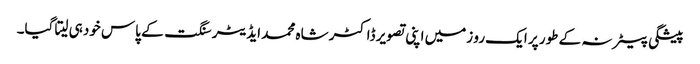
پیشگی بیعانہ کے طور پر ایک رو زمیں اپنی تصویر ڈاکٹر شاہ محمد ایڈیٹر سنگت کے پاس خودہی لیتا گیا۔